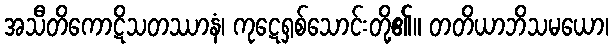
အသီတိကောဋိသတဿာနံ၊ ကုဋေရှစ်သောင်းတို့၏။ တတိယာဘိသမယော၊